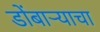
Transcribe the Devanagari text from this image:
डोंबार्‍याचा